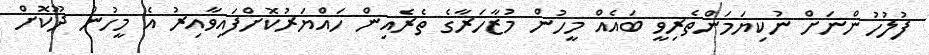
ފުލުހުންނަށް ނުކިޔަމަންތެރިވީ ބައެއް މީހުން މުޒާހަރާގެ ތެރެއިން ހައްޔަރުކޮށްފައިވާއިރު އެ މީހުން ދޫކޮށް